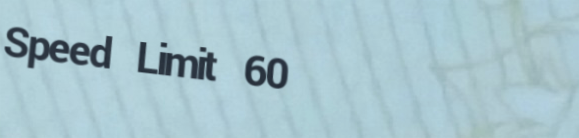
Speed Limit 60